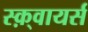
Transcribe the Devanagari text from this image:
स्क़्वायर्स